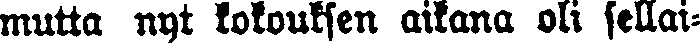
mutta nyt kokouksen aikana oli sellai-